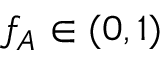
f _ { A } \in ( 0 , 1 )